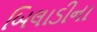
બિલાડીના